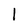
Character: 1